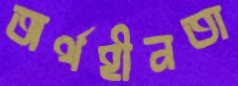
অর্থহীনতা